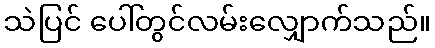
သဲပြင် ပေါ်တွင်လမ်းလျှောက်သည်။